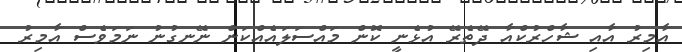
އާމިރު އާއި ޝާހްރުކްއާ ދޭތެރޭ އުޅެނީ ކޮން މައްސަލައެއްކަން ނޭނގުނު ނަމަވެސް އާމިރު